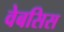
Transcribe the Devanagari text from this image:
वेबसिस